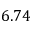
6 . 7 4